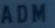
ADM